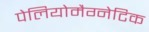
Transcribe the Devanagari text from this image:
पेलियोमैग्नेटिक